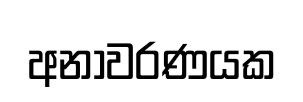
අනාවරණයක